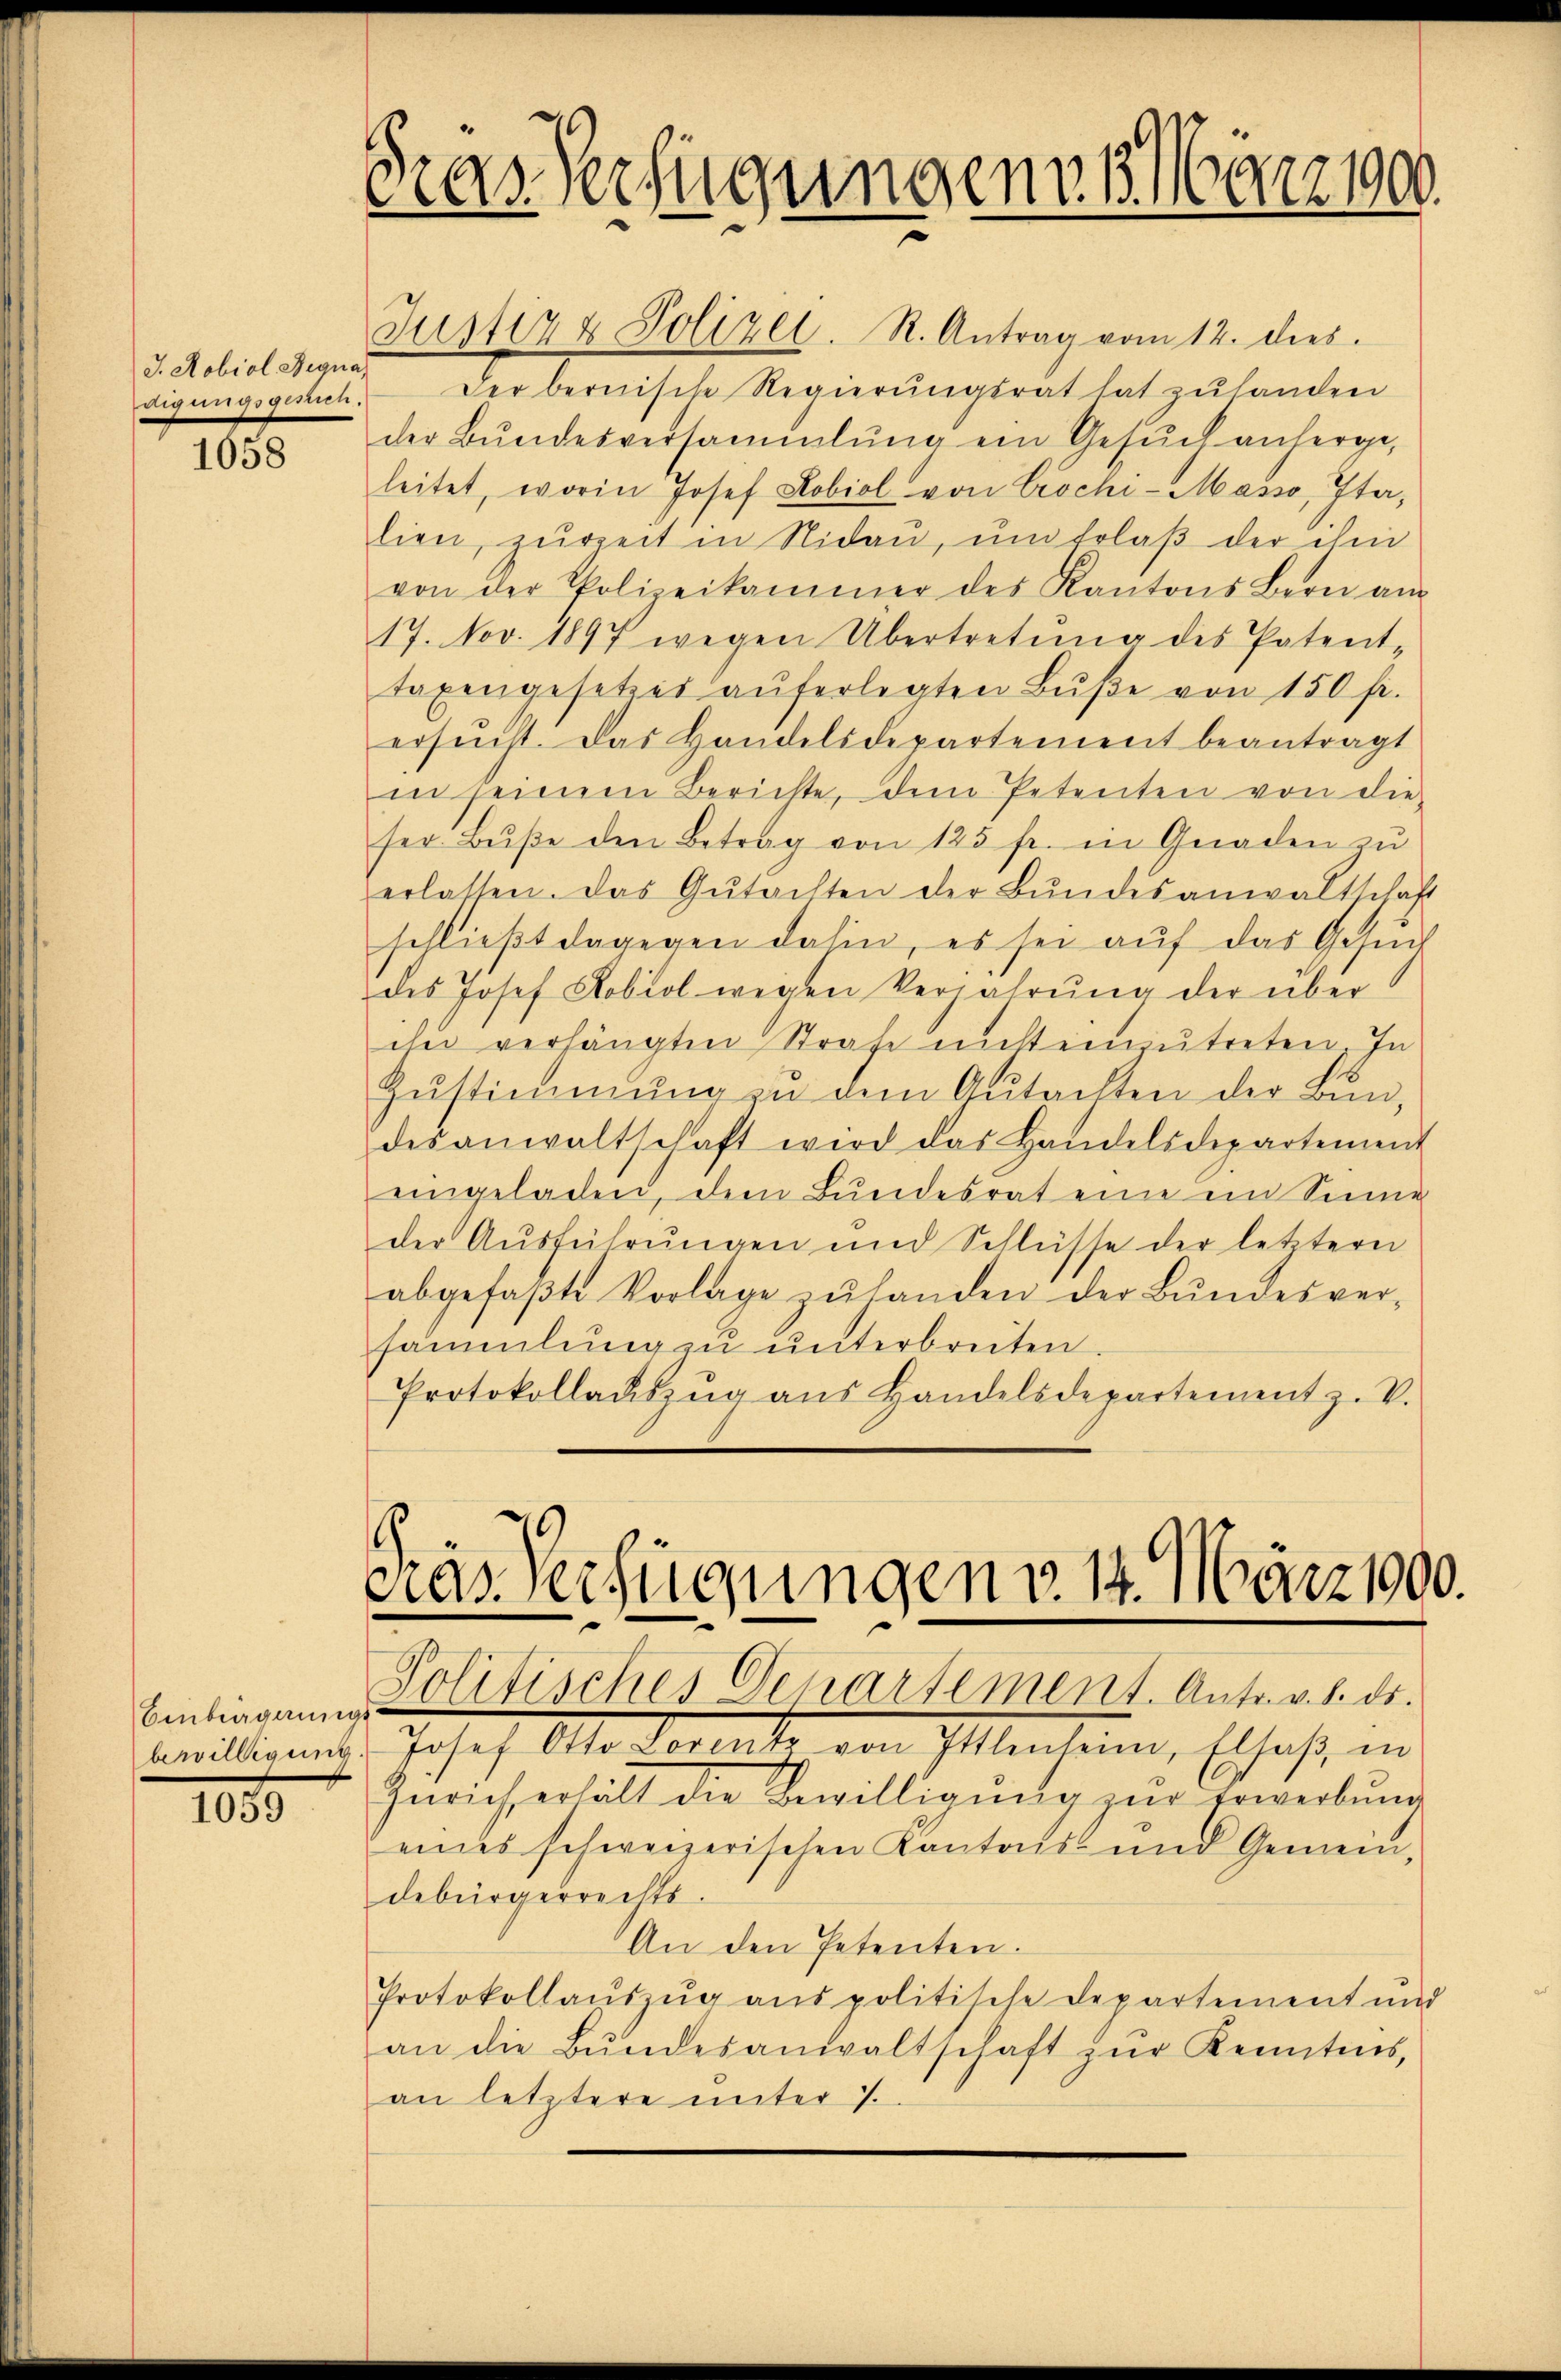
J. Mobiol Hegna
digungsgesuch.

1658

Einbürgerungs
bewilligung.

1059

asverfügungen. B. 10221900.

Justiz & Polizei. R. Antrag vom 12. dies.
der bernische Regierungsrat hat zu handen
der Bundesversammlung ein Gesŭch anherge,
leitet, worin Josef Lobiol von Crochi-Masso, Ita,
lien, zurzeit in Nidau, um Erlaβ der ihm
von der Polizeikammer des Kantons Bern am
17. Nov. 1897 wegen Übertretŭng des Patent-
taxengesetzes aŭferlegten Bŭβe von 150 fr.
ersucht. Das Handelsdepartement beantragt
in seinem Berichte, dem Petenten von die
ser Bŭβe den Betrag von 125 fr. in Gnaden zŭ
erlassen. Das Gŭtachten der Bŭndesanwaltschäft
schlieβt dagegen dahin, es sei aŭf das Gesŭch
des Josef Aobiol wegen Verwahrŭng der überihn verhängten Strafe nicht einzŭtreten In
Zŭstimmung zu dem Gutachten der Bundesanwaltschaft wird das Handelsdepartement
eingeladen, dem Bundesrat eine ein Sinne
der Aŭsführŭngen und Schlüsse der letztern
abgefaβte Vorlage zŭ handen der Bŭndesver-
sammlung zŭ ŭnterbreiten.
Protokollaŭszŭg ans Handelsdepartement z. V.

Gras Verfügungen v. 14. März 1900.
Politisches Departement. Antr. v. 8. ds.

Josef Alle dort von Illensein, Ethos, in
Zürich erhält die Bewilligung zur Erwerbund
eines schweizerischen Kantons- und Gemein-
debürgerrechts.
An den Petenten.
Protokollaŭszŭg aŭs politische Departement und
an die Bŭndesanwaltschaft zŭr Kenntens,
an letztere unter 7.